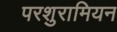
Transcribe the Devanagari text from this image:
परशुरामियन